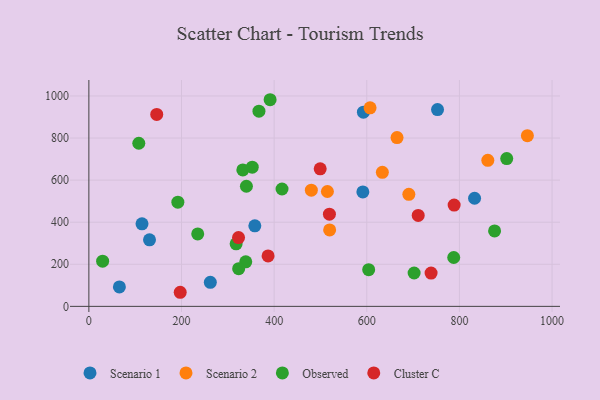
{"axis": {"x": "Study Hours", "y": "Rating"}, "legend": ["Cluster C", "Observed", "Scenario 1", "Scenario 2"], "data": [{"x": "130.9", "y": 316.4, "type": "Scenario 1"}, {"x": "752.7", "y": 935.4, "type": "Scenario 1"}, {"x": "262.2", "y": 114.4, "type": "Scenario 1"}, {"x": "592.7", "y": 922.9, "type": "Scenario 1"}, {"x": "65.9", "y": 92.4, "type": "Scenario 1"}, {"x": "591.5", "y": 543.8, "type": "Scenario 1"}, {"x": "114.7", "y": 392.5, "type": "Scenario 1"}, {"x": "832.7", "y": 513.9, "type": "Scenario 1"}, {"x": "358.3", "y": 382.6, "type": "Scenario 1"}, {"x": "665.3", "y": 802.0, "type": "Scenario 2"}, {"x": "861.3", "y": 694.0, "type": "Scenario 2"}, {"x": "633.6", "y": 636.9, "type": "Scenario 2"}, {"x": "515.0", "y": 546.0, "type": "Scenario 2"}, {"x": "519.8", "y": 363.2, "type": "Scenario 2"}, {"x": "690.8", "y": 532.6, "type": "Scenario 2"}, {"x": "946.7", "y": 811.3, "type": "Scenario 2"}, {"x": "607.1", "y": 943.4, "type": "Scenario 2"}, {"x": "480.3", "y": 552.3, "type": "Scenario 2"}, {"x": "604.1", "y": 174.5, "type": "Observed"}, {"x": "192.1", "y": 495.4, "type": "Observed"}, {"x": "875.9", "y": 358.8, "type": "Observed"}, {"x": "338.7", "y": 211.9, "type": "Observed"}, {"x": "29.7", "y": 215.0, "type": "Observed"}, {"x": "323.4", "y": 179.2, "type": "Observed"}, {"x": "352.7", "y": 661.6, "type": "Observed"}, {"x": "332.4", "y": 648.4, "type": "Observed"}, {"x": "107.8", "y": 775.3, "type": "Observed"}, {"x": "391.3", "y": 982.1, "type": "Observed"}, {"x": "317.9", "y": 297.4, "type": "Observed"}, {"x": "702.2", "y": 158.7, "type": "Observed"}, {"x": "787.7", "y": 232.2, "type": "Observed"}, {"x": "902.1", "y": 702.5, "type": "Observed"}, {"x": "340.1", "y": 571.0, "type": "Observed"}, {"x": "417.0", "y": 557.9, "type": "Observed"}, {"x": "367.2", "y": 927.9, "type": "Observed"}, {"x": "235.0", "y": 344.3, "type": "Observed"}, {"x": "323.1", "y": 326.8, "type": "Cluster C"}, {"x": "146.5", "y": 912.3, "type": "Cluster C"}, {"x": "711.0", "y": 432.2, "type": "Cluster C"}, {"x": "386.9", "y": 239.8, "type": "Cluster C"}, {"x": "499.4", "y": 653.8, "type": "Cluster C"}, {"x": "738.8", "y": 158.4, "type": "Cluster C"}, {"x": "519.3", "y": 438.4, "type": "Cluster C"}, {"x": "197.2", "y": 67.0, "type": "Cluster C"}, {"x": "788.6", "y": 481.2, "type": "Cluster C"}]}